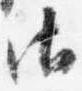
御